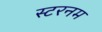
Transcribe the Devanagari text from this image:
स्टरनम